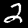
Label: 2